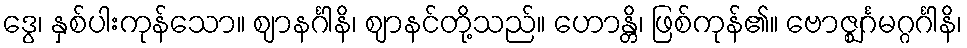
ဒွေ၊ နှစ်ပါးကုန်သော။ ဈာနင်္ဂါနိ၊ ဈာနင်တို့သည်။ ဟောန္တိ၊ ဖြစ်ကုန်၏။ ဗောဇ္ဈင်္ဂမဂ္ဂင်္ဂါနိ၊